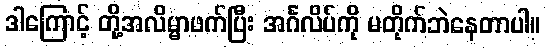
ဒါကြောင့် တို့အလိမ္မာဖက်ပြီး အင်္ဂလိပ်ကို မတိုက်ဘဲနေတာပါ။